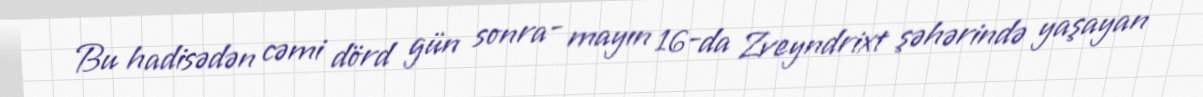
Bu hadisədən cəmi dörd gün sonra- mayın 16-da Zveyndrixt şəhərində yaşayan